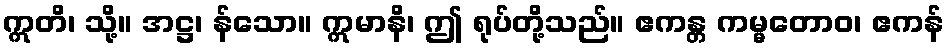
ဣတိ၊ သို့။ အဋ္ဌ၊ န်သော။ ဣမာနိ၊ ဤ ရုပ်တို့သည်။ ဧကန္တ ကမ္မတောဝ၊ ဧကန်